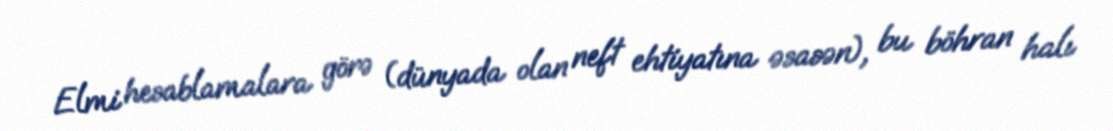
Elmi hesablamalara görə (dünyada olan neft ehtiyatına əsasən), bu böhran halı